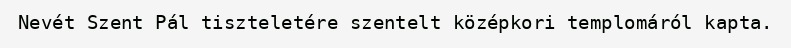
Nevét Szent Pál tiszteletére szentelt középkori templomáról kapta.